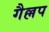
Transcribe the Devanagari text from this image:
गैल्लप